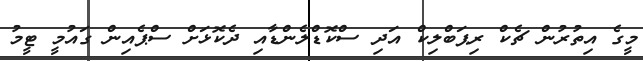
މީގެ އިތުރުން ޗެކް ރިޕަބްލިކް އަދި ސްކޮޑްލެންޑާއި ދެކޮޅަށް ސްޕެއިން ގައުމީ ޓީމު